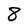
Character: 8